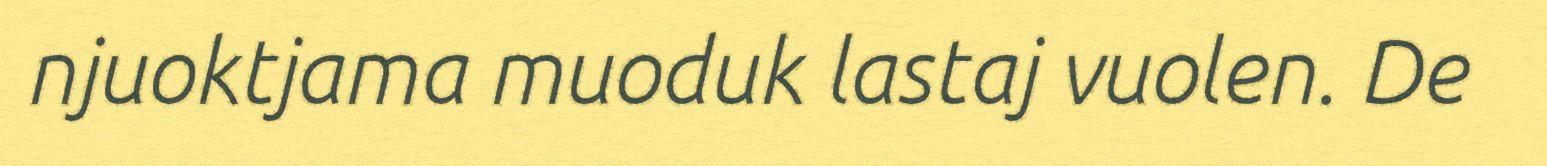
njuoktjama muoduk lastaj vuolen. De